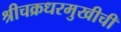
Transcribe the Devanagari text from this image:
श्रीचक्रधरमुखीची